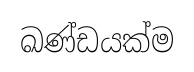
ඛණ්ඩයක්ම